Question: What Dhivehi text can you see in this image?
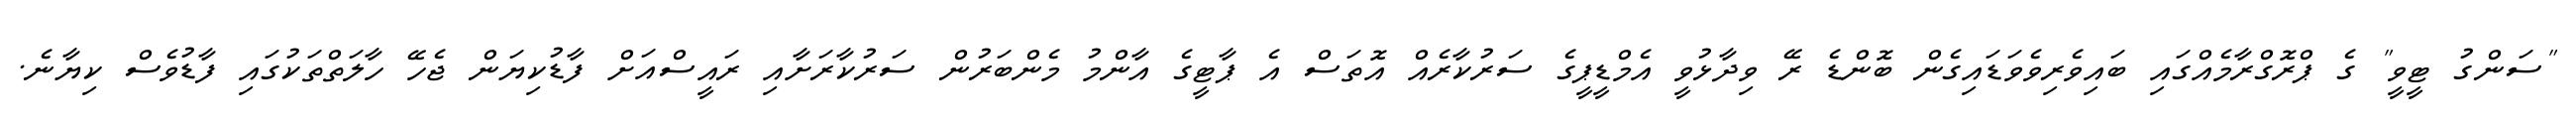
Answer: "ސަންގު ޓީވީ" ގެ ޕްރޮގްރާމެއްގައި ބައިވެރިވެވަޑައިގެން ބޮންޑެ ރޭ ވިދާޅުވީ އެމްޑީޕީގެ ސަރުކާރެއް އޮތަސް އެ ޕާޓީގެ އާންމު މެންބަރުން ސަރުކާރަށާއި ރައީސްއަށް ފާޑުކިޔަން ޖެހޭ ހާލަތްތަކުގައި ފާޑުވެސް ކިޔާނެ.